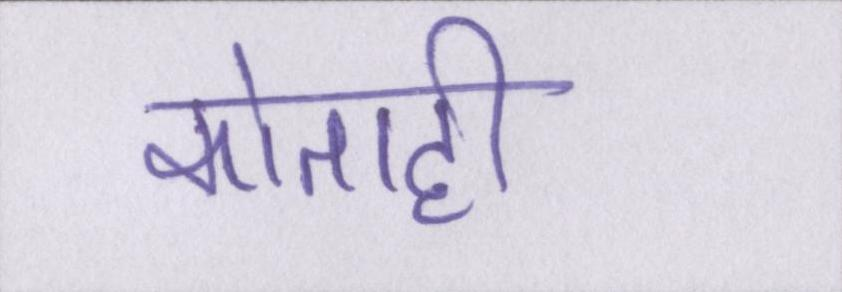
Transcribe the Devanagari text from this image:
कोताही